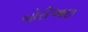
બોરીઆછ